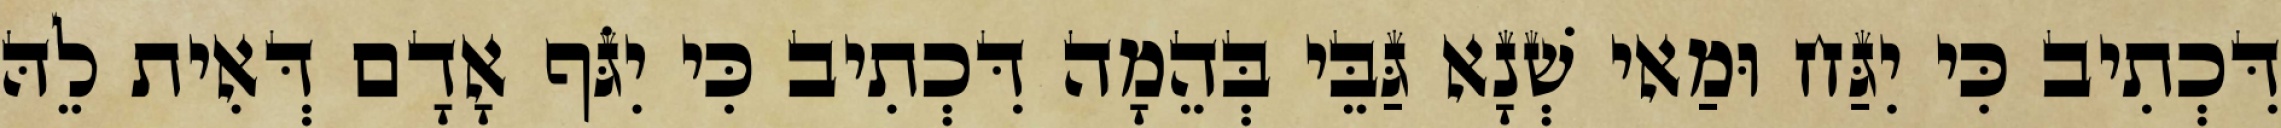
דִּכְתִיב כִּי יִגַּח וּמַאי שְׁנָא גַּבֵּי בְּהֵמָה דִּכְתִיב כִּי יִגֹּף אָדָם דְּאִית לֵהּ